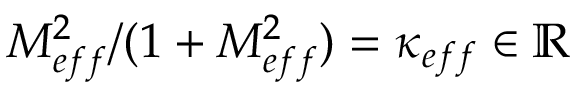
M _ { e f f } ^ { 2 } / ( 1 + M _ { e f f } ^ { 2 } ) = \kappa _ { e f f } \in \mathbb { R }